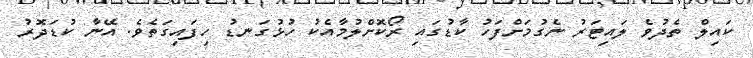
ކައިލް ތެދުވެ ލައިޓަރު ނެގުމަށްފަހު ކާޑުގައި ރޯކޮށްލުމާއެކު ހުޅުގަނޑު ހިފައިގަތެވެ. އޭނާ ކުޑަދޮރު